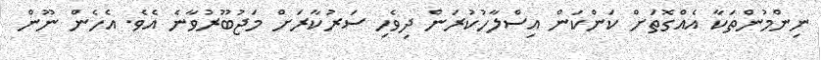
ނިންމުންތަކާ އެއްގޮތަށް ކަންކަން އިސްލާހުކުރަން ދިވެހި ސަރުކާރަށް މަޖުބޫރުވާނެ އެވެ. އެހެން ނޫން